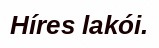
Híres lakói.